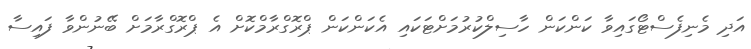
އަދި މެނިފެސްޓޯގައިވާ ކަންކަން ހާސިލްކުރުމަށްޓަކައި އެކަންކަން ޕްރޮގްރާމްކޮށް އެ ޕްރޮގްރާމަށް ބޭނުންވާ ފައިސާ